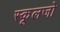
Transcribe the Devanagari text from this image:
स्कूलजो